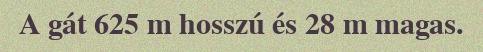
A gát 625 m hosszú és 28 m magas.